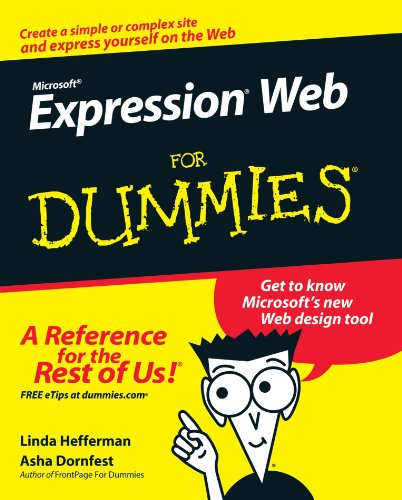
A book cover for Microsoft Expression Web For Dummies; Linda Hefferman; Computers & Technology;